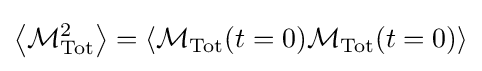
\left\langle {\mathcal {M}}_{\text{Tot}}^{2}\right\rangle =\left\langle {\mathcal {M}}_{\text{Tot}}(t=0){\mathcal {M}}_{\text{Tot}}(t=0)\right\rangle